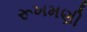
રૂખમણી